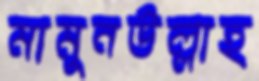
মামুনউল্লাহ